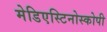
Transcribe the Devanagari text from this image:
मेडिएस्टिनोस्कोपी